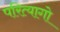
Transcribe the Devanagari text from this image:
परित्यागो